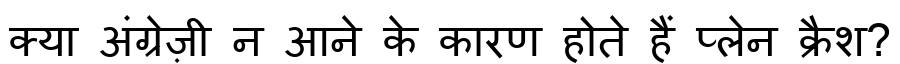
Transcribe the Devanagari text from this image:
क्या अंग्रेज़ी न आने के कारण होते हैं प्लेन क्रैश?